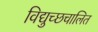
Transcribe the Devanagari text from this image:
विद्युच्छचालित